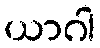
ယာဂါ